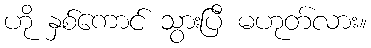
ဟို နှစ်ကောင် သွားပြီ မဟုတ်လား။